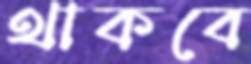
থাকবে